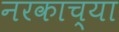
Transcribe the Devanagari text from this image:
नरकाच्या